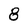
Character: 8